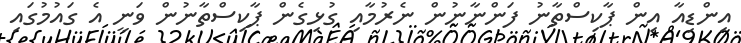
އިންޑިއާ އިން ޕާކިސްތާނު ފަންނާނުން ނެރުމާއި ގުޅިގެން ޕާކިސްތާނުން ވަނީ އެ ގައުމުގައި